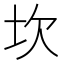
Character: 坎